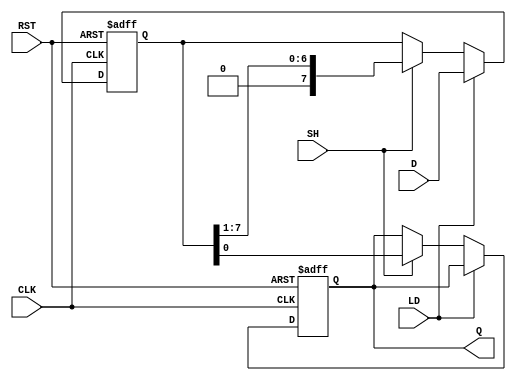
module PISO_Register #(
    parameter n = 8 // Parameter for the width of the data bus
) (
    input wire [n-1:0] D,      // Data input
    input wire LD,              // Load control signal
    input wire SH,              // Shift control signal
    input wire CLK,             // Clock signal
    input wire RST,             // Asynchronous reset signal
    output reg Q                // Serial output
);

    reg [n-1:0] register;       // Internal register to hold parallel data
    integer i;

    always @(posedge CLK or posedge RST) begin
        if (RST) begin
            register <= {n{1'b0}}; // Clear the register (reset to 0)
            Q <= 1'b0;             // Reset output Q
        end else if (LD) begin
            register <= D;         // Load data into the register
        end else if (SH) begin
            Q <= register[0];      // Output the LSB to Q
            // Shift the data right
            register <= {1'b0, register[n-1:1]};
        end
    end

endmodule